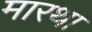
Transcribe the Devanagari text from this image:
मारथा